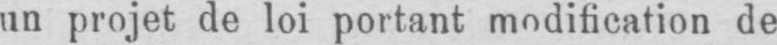
un projet de loi portant modification de